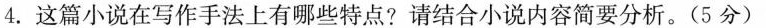
”4.这篇小说在写作手法上有哪些特点?请结合小说内容简要分析。(5分)